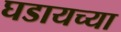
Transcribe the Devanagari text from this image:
घडायच्या